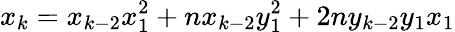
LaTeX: x_{k}=x_{k-2}x_{1}^{2}+nx_{k-2}y_{1}^{2}+2ny_{k-2}y_{1}x_{1}